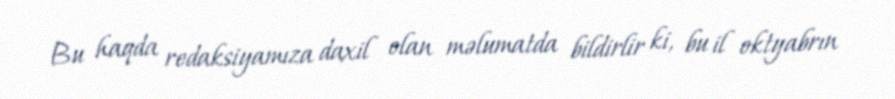
Bu haqda redaksiyamıza daxil olan məlumatda bildirlir ki, bu il oktyabrın